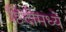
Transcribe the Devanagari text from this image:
हिंंदीमध्ये